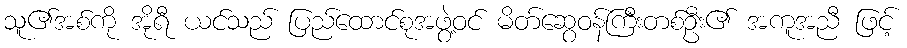
သူ၏အစ်ကို အိုရီ ယင်သည် ပြည်ထောင်စုအဖွဲ့ဝင် မိတ်ဆွေဝန်ကြီးတစ်ဦး၏ အကူအညီ ဖြင့်